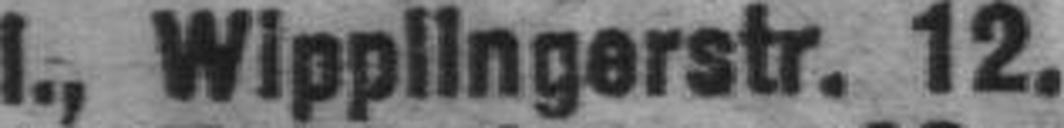
I., Wipplingerstr. 12.